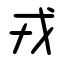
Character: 戎